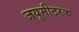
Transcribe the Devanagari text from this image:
जयूमीटरक